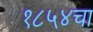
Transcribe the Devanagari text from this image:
१८५४चा